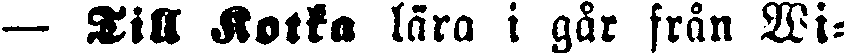
— Till Kotka lära i går från Wi-